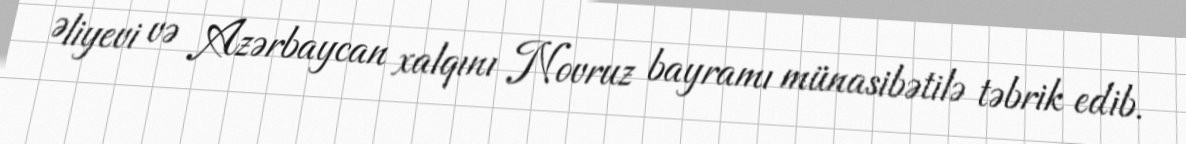
Əliyevi və Azərbaycan xalqını Novruz bayramı münasibətilə təbrik edib.